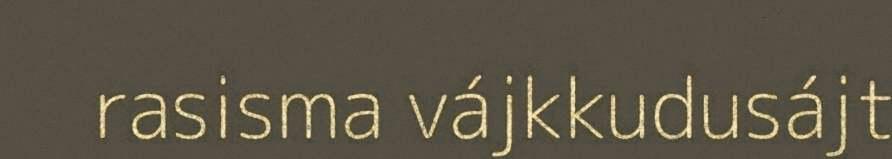
rasisma vájkkudusájt